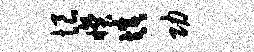
恨睽填功